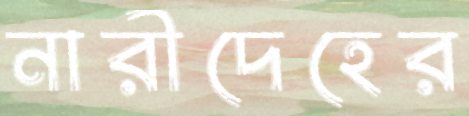
নারীদেহের